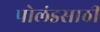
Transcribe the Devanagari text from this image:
पोलंडसाठी